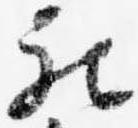
被